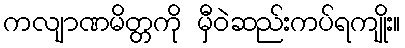
ကလျာဏမိတ္တကို မှီဝဲဆည်းကပ်ရကျိုး။